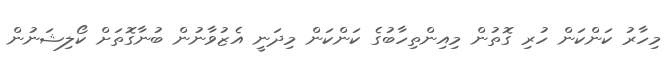
މިހާރު ކަންކަން ހުރި ގޮތުން މިއިންތިހާބުގެ ކަންކަން މިދަނީ އެޒުވާނުން ބުނާގޮތަށް ކޯލިޝަނުން